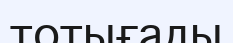
тотығады